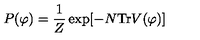
P ( \varphi ) = { \frac { 1 } { Z } } \exp [ - N \mathrm { T r } V ( \varphi ) ]